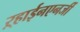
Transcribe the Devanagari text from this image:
ऱ्हाईनएनर्जी